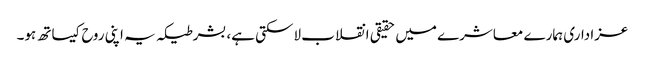
عزاداری ہمارے معاشرے میں حقیقی انقلاب لاسکتی ہے، بشرطیکہ یہ اپنی روح کیساتھ ہو۔